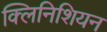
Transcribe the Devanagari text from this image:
क्लिनिशियन